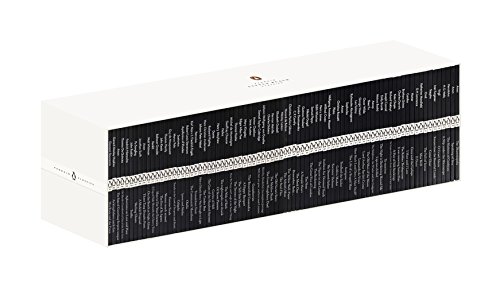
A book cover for Little Black Classics Box Set; Various; Literature & Fiction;